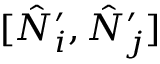
[ \hat { N } _ { i } ^ { \prime } , \hat { N } _ { j } ^ { \prime } ]